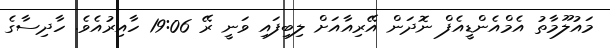
މައުލޫމާތު އެމްއެންޑީއެފް ނޮދަން އޭރިއާއަށް ލިބިފައި ވަނީ ރޭ 19:06 ހާއިރުއެވެ. ހާދިސާގެ